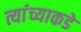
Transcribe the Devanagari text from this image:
त्यांंच्याकडे